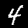
Digit: 4